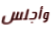
وأجلس